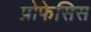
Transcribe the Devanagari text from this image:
प्रोफेसिस